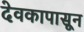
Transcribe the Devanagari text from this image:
देवकापासून